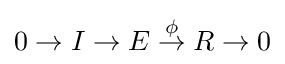
0\to I\to E{\overset {\phi }{{}\to {}}}R\to 0